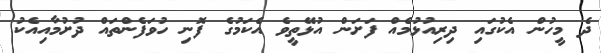
ދެ މީހުން އެކުގައި ދިރިއުޅުމެއް ފަށަން އުޅޭތީވެ އެކަމުގެ ފޮނި ހުވަފެންތައް ދުށުމާއިއެކު